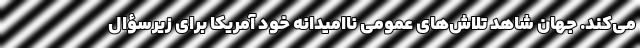
می‌کند. جهان شاهد تلاش‌های عمومی ناامیدانه خود آمریکا برای زیرسؤال